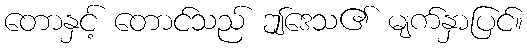
တောနှင့် တောင်သည် ဤဒေသ၏ မျက်နှာပြင်။